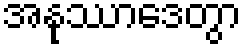
အနုဿာဒေတွာ